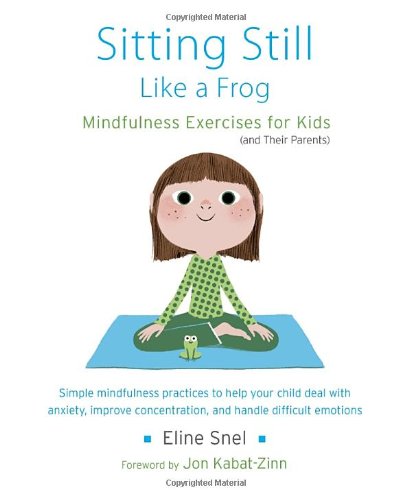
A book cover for Sitting Still Like a Frog: Mindfulness Exercises for Kids (and Their Parents); Eline Snel; Parenting & Relationships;